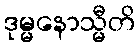
ဒုမ္မနောသ္မီတိ